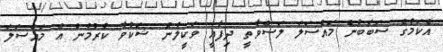
އެކަމުގެ ސަބަބުން މައްސަލަ ލަސްވާތީ ދިފާއީ ވަކީލުން ޝަކުވާ ކުރުމުން އެ މައްސަލަ